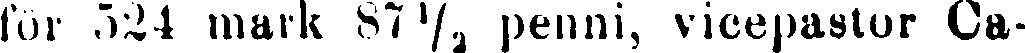
för 524 mark 87½ penni, vicepastor Ca-